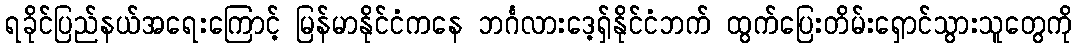
ရခိုင်ပြည်နယ်အရေးကြောင့် မြန်မာနိုင်ငံကနေ ဘင်္ဂလားဒေ့ရှ်နိုင်ငံဘက် ထွက်ပြေးတိမ်းရှောင်သွားသူတွေကို